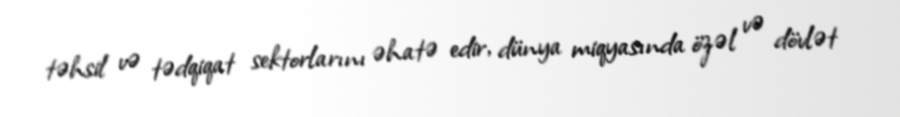
təhsil və tədqiqat sektorlarını əhatə edir, dünya miqyasında özəl və dövlət